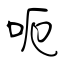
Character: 呃